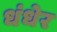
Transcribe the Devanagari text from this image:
धंधेर